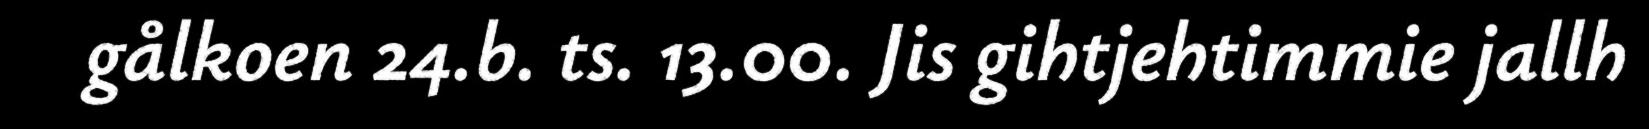
gålkoen 24.b. ts. 13.00. Jis gihtjehtimmie jallh